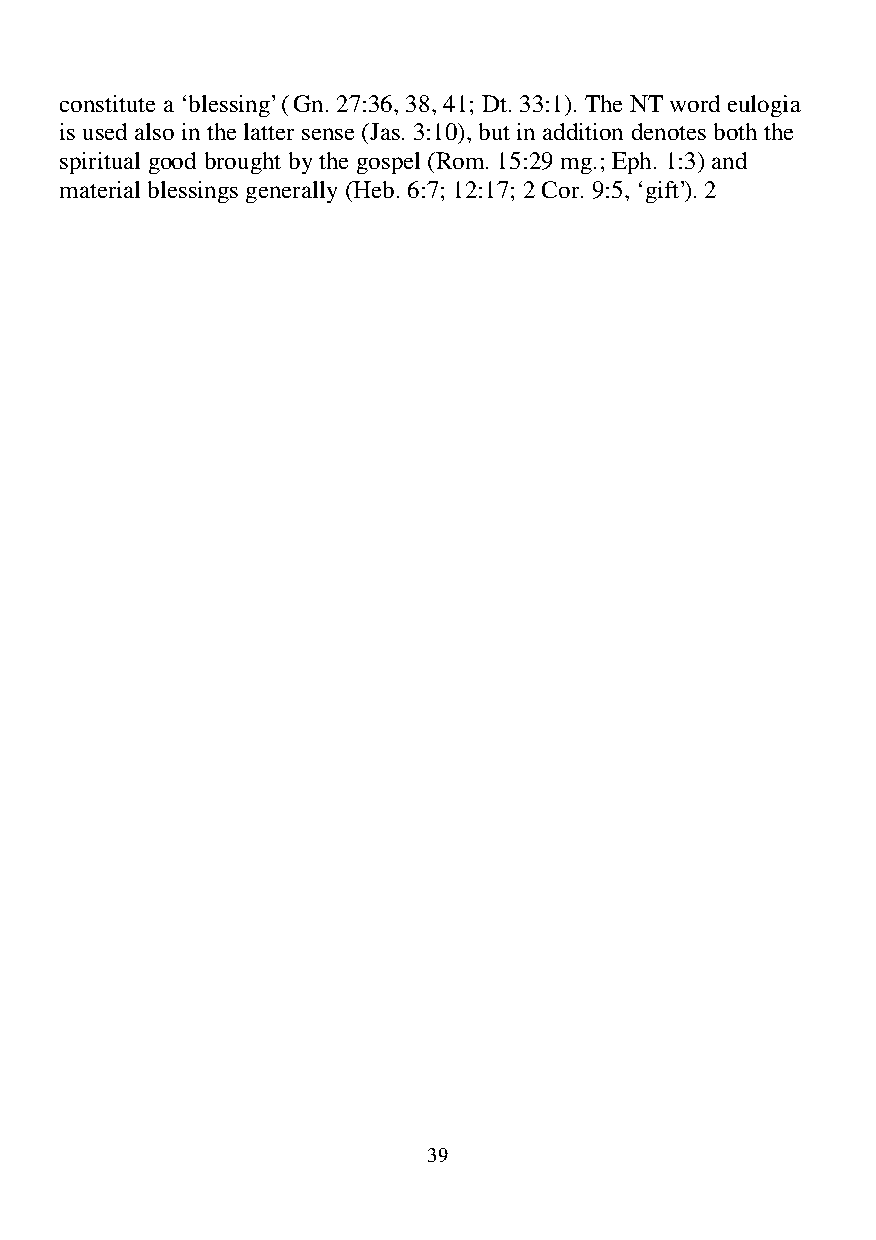
constitute a ‘blessing’ (Gn. 27:36, 38, 41; Dt. 33:1). The NT word HXORJLD
 is used also in the latter sense (Jas. 3:10), but in addition denotes both the
 spiritual good brought by the gospel (Rom. 15:29 mg.; Eph. 1:3) and
 material blessings generally (Heb. 6:7; 12:17; 2 Cor. 9:5, ‘gift’). 2
 39